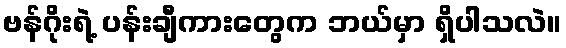
ဗန်ဂိုးရဲ့ ပန်းချီကားတွေက ဘယ်မှာ ရှိပါသလဲ။